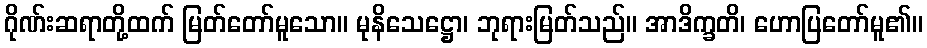
ဂိုဏ်းဆရာတို့ထက် မြတ်တော်မူသော။ မုနိသေဋ္ဌော၊ ဘုရားမြတ်သည်။ အာဒိက္ခတိ၊ ဟောပြတော်မူ၏။